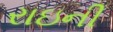
રાઇની